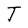
Character: I